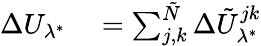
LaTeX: \begin{array}{rl}{\Delta U_{\lambda^{*}}}&{{}=\sum_{j,k}^{\tilde{N}}\Delta\tilde{U}_{\lambda^{*}}^{jk}}\end{array}